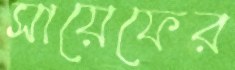
সায়েফের